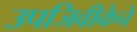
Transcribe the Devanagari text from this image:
उपजिवीकेचे